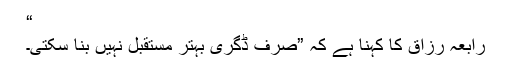
“
رابعہ رزاق کا کہنا ہے کہ ”صرف ڈگری بہتر مستقبل نہیں بنا سکتی۔